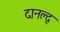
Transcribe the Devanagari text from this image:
दानल्द्